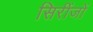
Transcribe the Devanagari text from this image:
सिरींजों